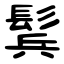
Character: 鬂